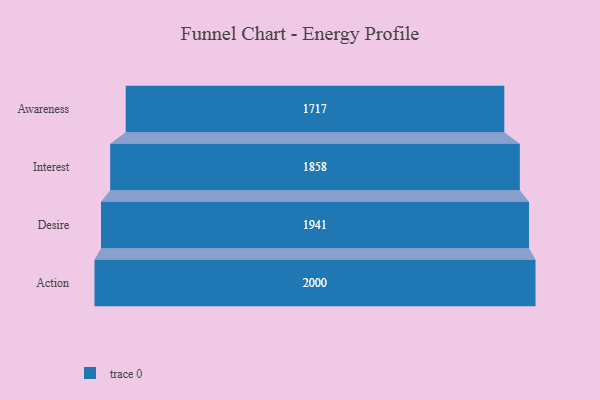
{"axis": {"x": "Stage", "y": "Value"}, "legend": [""], "data": [{"x": "Awareness", "y": 1717.0, "type": ""}, {"x": "Interest", "y": 1858.0, "type": ""}, {"x": "Desire", "y": 1941.0, "type": ""}, {"x": "Action", "y": 2000, "type": ""}]}